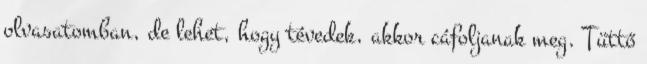
olvasatomban, de lehet, hogy tévedek, akkor cáfoljanak meg. Tüttő